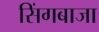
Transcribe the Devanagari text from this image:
सिंगबाजा